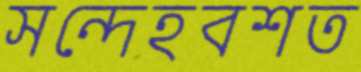
সন্দেহবশত